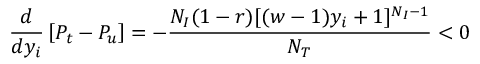
\frac { d } { d y _ { i } } \left[ P _ { t } - P _ { u } \right] = - \frac { N _ { I } ( 1 - r ) [ ( w - 1 ) y _ { i } + 1 ] ^ { N _ { I } - 1 } } { N _ { T } } < 0